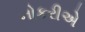
નોકરીએ